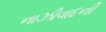
નાઝીવાદની